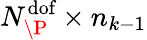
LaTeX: N_{\P}^{\textrm{dof}}\times n_{k-1}